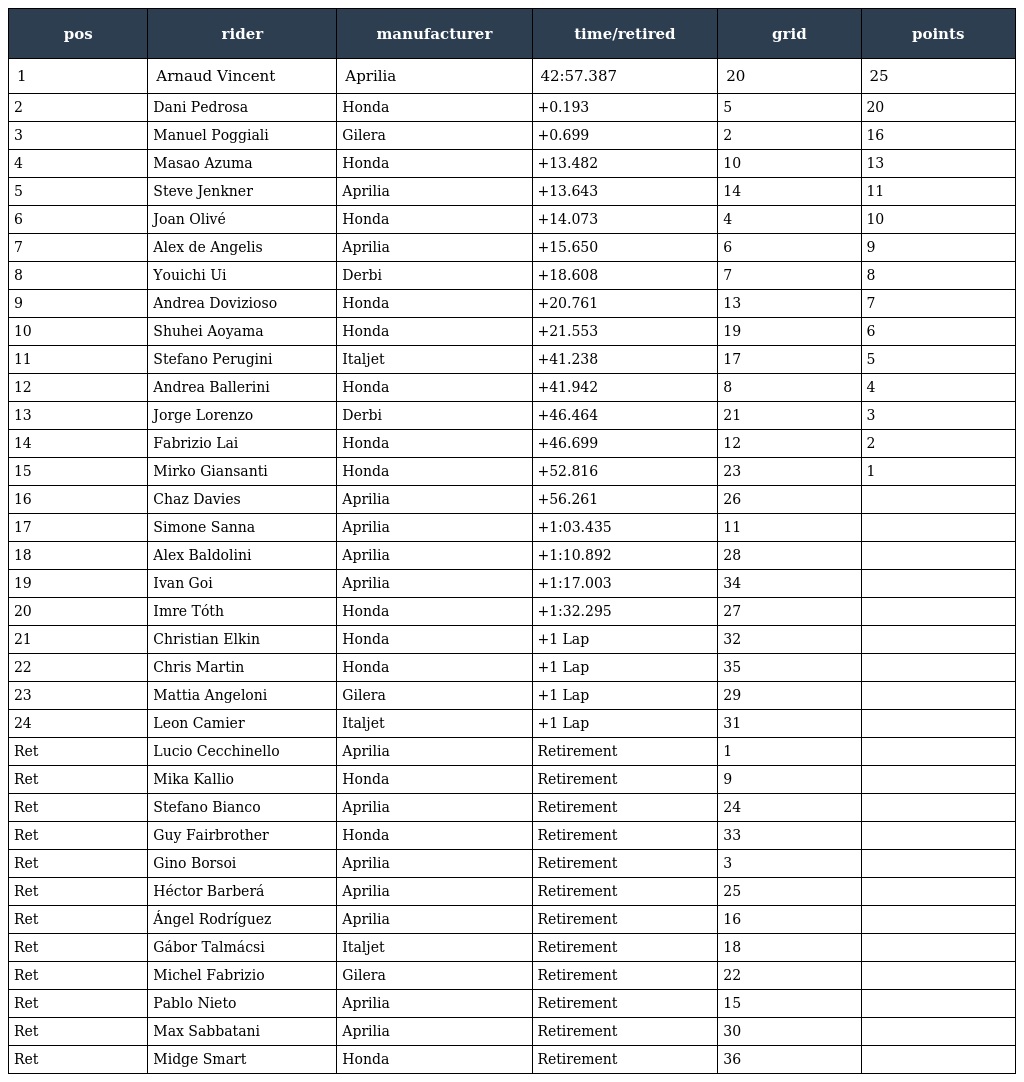
| pos | rider | manufacturer | time/retired | grid | points |
 | --- | --- | --- | --- | --- | --- |
 | 1 | Arnaud Vincent | Aprilia | 42:57.387 | 20 | 25 |
 | 2 | Dani Pedrosa | Honda | +0.193 | 5 | 20 |
 | 3 | Manuel Poggiali | Gilera | +0.699 | 2 | 16 |
 | 4 | Masao Azuma | Honda | +13.482 | 10 | 13 |
 | 5 | Steve Jenkner | Aprilia | +13.643 | 14 | 11 |
 | 6 | Joan Olivé | Honda | +14.073 | 4 | 10 |
 | 7 | Alex de Angelis | Aprilia | +15.650 | 6 | 9 |
 | 8 | Youichi Ui | Derbi | +18.608 | 7 | 8 |
 | 9 | Andrea Dovizioso | Honda | +20.761 | 13 | 7 |
 | 10 | Shuhei Aoyama | Honda | +21.553 | 19 | 6 |
 | 11 | Stefano Perugini | Italjet | +41.238 | 17 | 5 |
 | 12 | Andrea Ballerini | Honda | +41.942 | 8 | 4 |
 | 13 | Jorge Lorenzo | Derbi | +46.464 | 21 | 3 |
 | 14 | Fabrizio Lai | Honda | +46.699 | 12 | 2 |
 | 15 | Mirko Giansanti | Honda | +52.816 | 23 | 1 |
 | 16 | Chaz Davies | Aprilia | +56.261 | 26 |  |
 | 17 | Simone Sanna | Aprilia | +1:03.435 | 11 |  |
 | 18 | Alex Baldolini | Aprilia | +1:10.892 | 28 |  |
 | 19 | Ivan Goi | Aprilia | +1:17.003 | 34 |  |
 | 20 | Imre Tóth | Honda | +1:32.295 | 27 |  |
 | 21 | Christian Elkin | Honda | +1 Lap | 32 |  |
 | 22 | Chris Martin | Honda | +1 Lap | 35 |  |
 | 23 | Mattia Angeloni | Gilera | +1 Lap | 29 |  |
 | 24 | Leon Camier | Italjet | +1 Lap | 31 |  |
 | Ret | Lucio Cecchinello | Aprilia | Retirement | 1 |  |
 | Ret | Mika Kallio | Honda | Retirement | 9 |  |
 | Ret | Stefano Bianco | Aprilia | Retirement | 24 |  |
 | Ret | Guy Fairbrother | Honda | Retirement | 33 |  |
 | Ret | Gino Borsoi | Aprilia | Retirement | 3 |  |
 | Ret | Héctor Barberá | Aprilia | Retirement | 25 |  |
 | Ret | Ángel Rodríguez | Aprilia | Retirement | 16 |  |
 | Ret | Gábor Talmácsi | Italjet | Retirement | 18 |  |
 | Ret | Michel Fabrizio | Gilera | Retirement | 22 |  |
 | Ret | Pablo Nieto | Aprilia | Retirement | 15 |  |
 | Ret | Max Sabbatani | Aprilia | Retirement | 30 |  |
 | Ret | Midge Smart | Honda | Retirement | 36 |  |